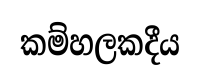
කම්හලකදීය